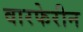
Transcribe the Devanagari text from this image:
वारफेरीन